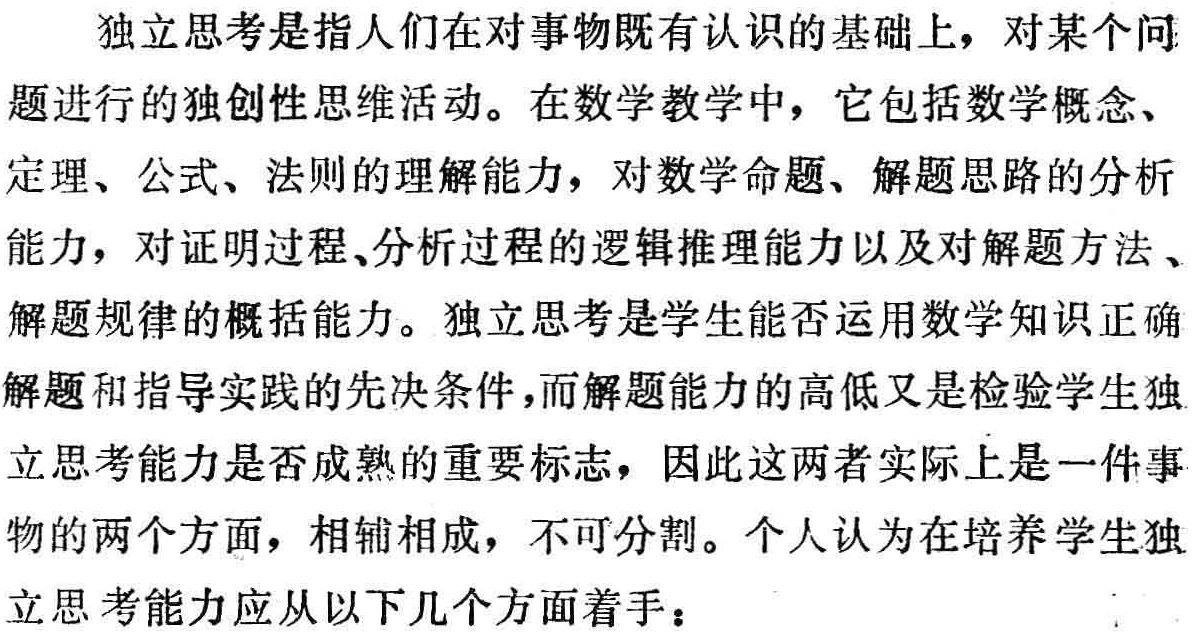
独立思考是指人们在对事物既有认识的基础上，对某个问
题进行的独创性思维活动。在数学教学中，它包括数学概念、
定理、公式、法则的理解能力，对数学命题、解题思路的分析
能力，对证明过程、分析过程的逻辑推理能力以及对解题方法、
解题规律的概括能力。独立思考是学生能否运用数学知识正确
解题和指导实践的先决条件，而解题能力的高低又是检验学生独
立思考能力是否成熟的重要标志，因此这两者实际上是一件事
物的两个方面，相辅相成，不可分割。个人认为在培养学生独
立思考能力应从以下几个方面着手：